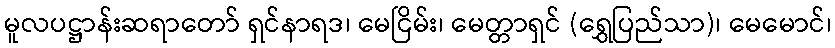
မူလပဋ္ဌာန်းဆရာတော် ရှင်နာရဒ၊ မေငြိမ်း၊ မေတ္တာရှင် (ရွှေပြည်သာ)၊ မေမောင်၊